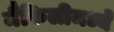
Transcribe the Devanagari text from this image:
मैफिलीमध्ये